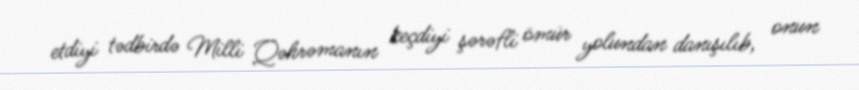
etdiyi tədbirdə Milli Qəhrəmanın keçdiyi şərəfli ömür yolundan danışılıb, onun